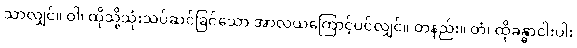
သာလျှင်။ ဝါ၊ ထိုသို့သုံးသပ်ဆင်ခြင်သော အာလယကြောင့်ပင်လျှင်။ တနည်း။ တံ၊ ထိုခန္ဓာငါးပါး